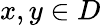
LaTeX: x,y\in D